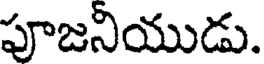
పూజనియుడు.